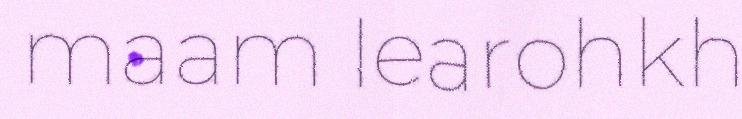
maam learohkh